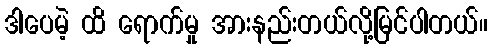
ဒါပေမဲ့ ထိ ရောက်မှု အားနည်းတယ်လို့မြင်ပါတယ်။